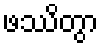
ဖဿိတွာ